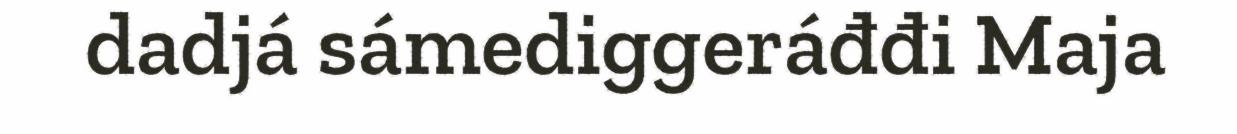
dadjá sámediggeráđđi Maja